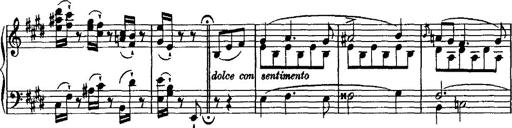
Title: Valse mÃ©lancolique
Composer: Paul Vidal
Key: F-sharp minor